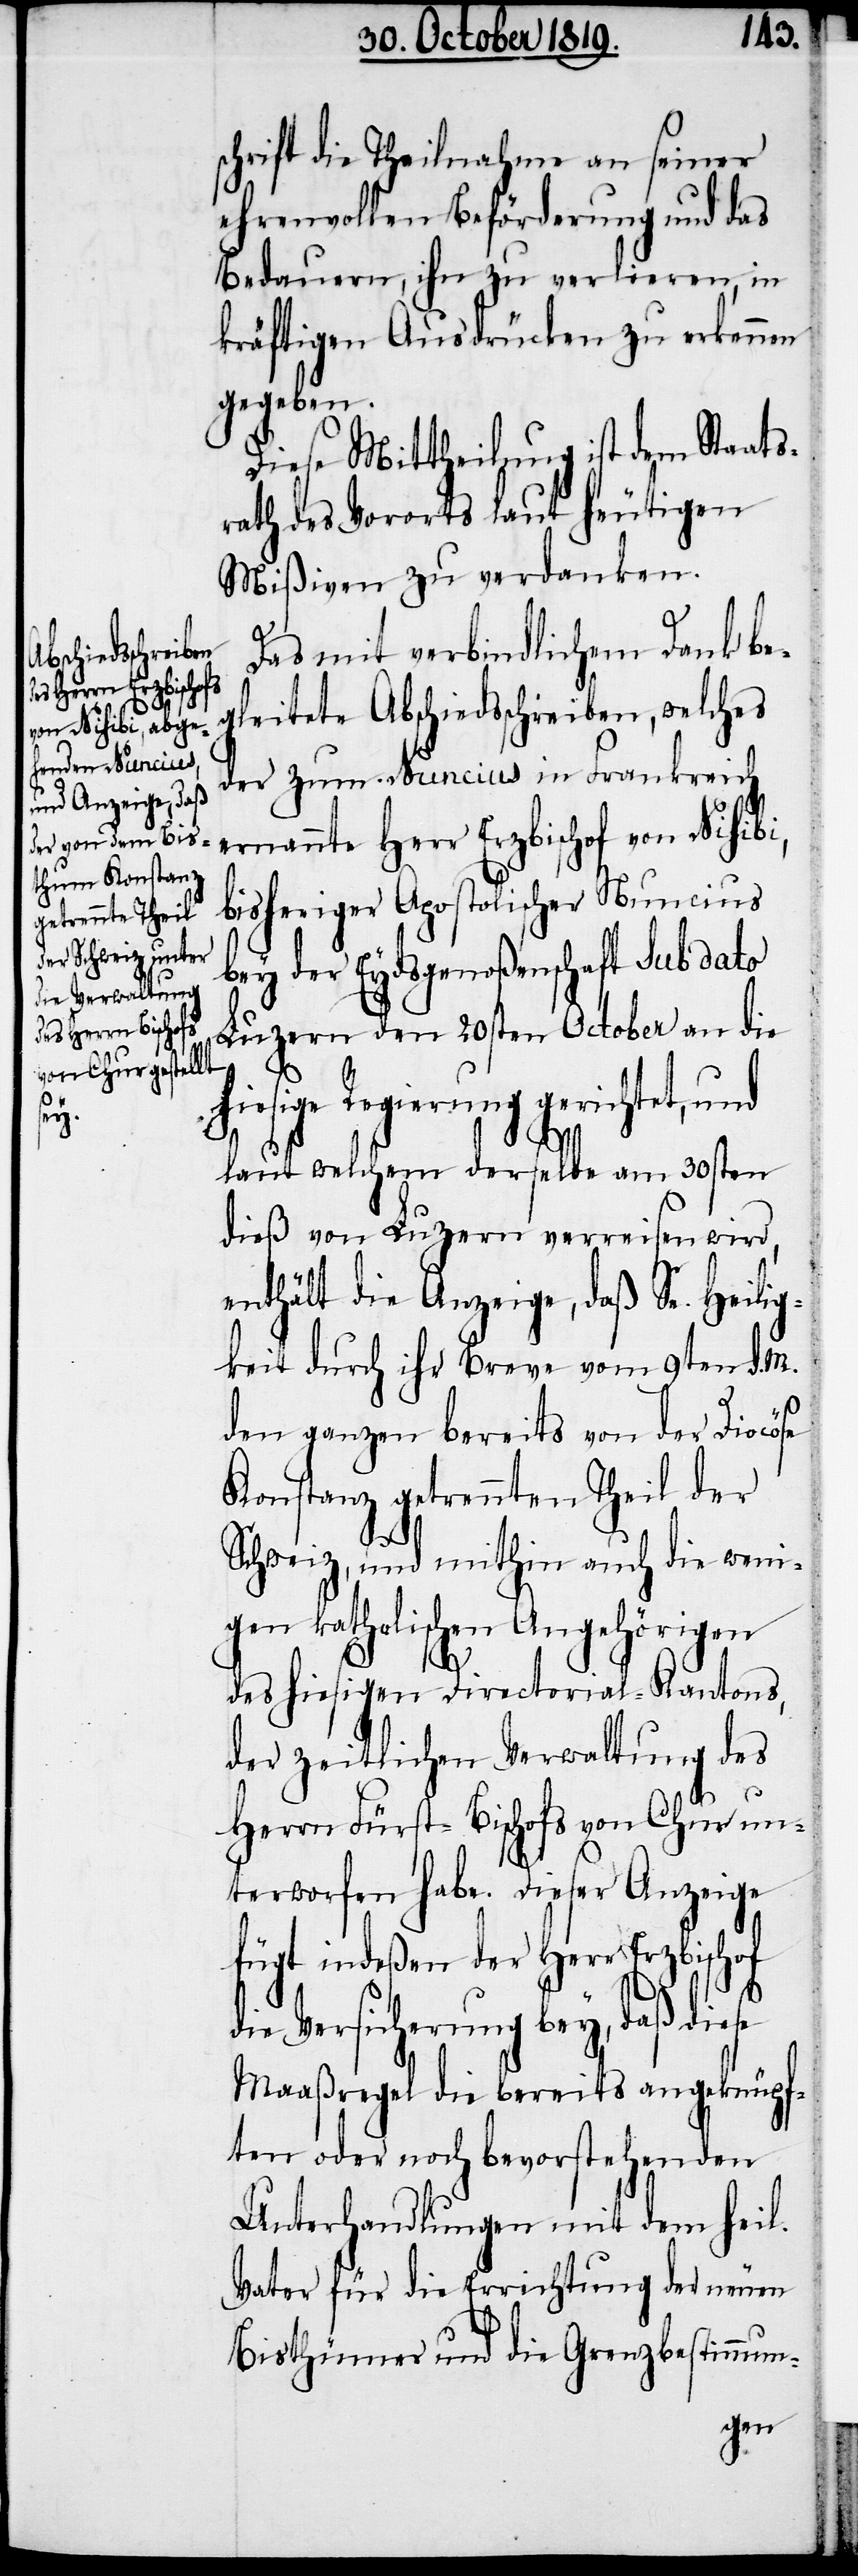
schrift die Theilnahme an seiner
ehrenvollen Beförderung und das
Bedauern, ihn zu verlieren, in
kräftigen Ausdrücken zu erkennen
gegeben.
Diese Mittheilung ist dem Staats¬
rath des Vororts laut heutigen
Mißiven zu verdanken.
Das mit verbindlichem Dank be¬
gleitete Abschiedsschreiben, welches
der zum Nuncius in Frankreich
ernannte Herr Erzbischof von Nisibi,
bisheriger Apostolischer Nuncius
bey der Eydsgenoßenschaft sub dato
Luzern den 20sten October an die
hiesige Regierung gerichtet, und
laut welchem derselbe am 30sten
dieß von Luzern verreisen wird,
enthält die Anzeige, daß Se. Heilig¬
keit durch ihr Breve vom 9ten d. M.
den ganzen bereits von der Diocöse
Konstanz getrennten Theil der
Schweiz, und mithin auch die weni¬
gen katholischen Angehörigen
des hiesigen Directorial-Kantons,
der zeitlichen Verwaltung des
Herrn Fürst-Bischofs von Chur un¬
terworfen habe. Dieser Anzeige
fügt indeßen der Herr Erzbischof
die Versicherung bey, daß diese
Maaßregel die bereits angeknüpf¬
ten oder noch bevorstehenden
Unterhandlungen mit dem heil.
Vater für die Errichtung der neuen
Bisthümer und die Grenzbestimmun-